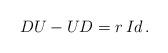
LaTeX: \begin{align*}DU-UD=r\,Id\,.\end{align*}